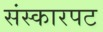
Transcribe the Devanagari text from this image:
संस्कारपट